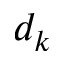
d _ { k }